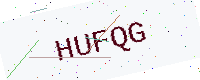
Text: HUFQG